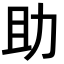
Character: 助